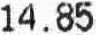
14.85